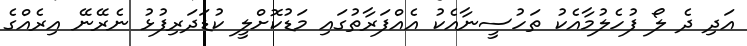
އަދި ދެ ލޯ ފުހެލުމާއެކު ތަހުސީނާއެކު އެއްފަރާތުގައި މަޑުކޮށްލީ ކުޑަދަރިފުޅު ނެރޭނޭ އިރެއްގެ